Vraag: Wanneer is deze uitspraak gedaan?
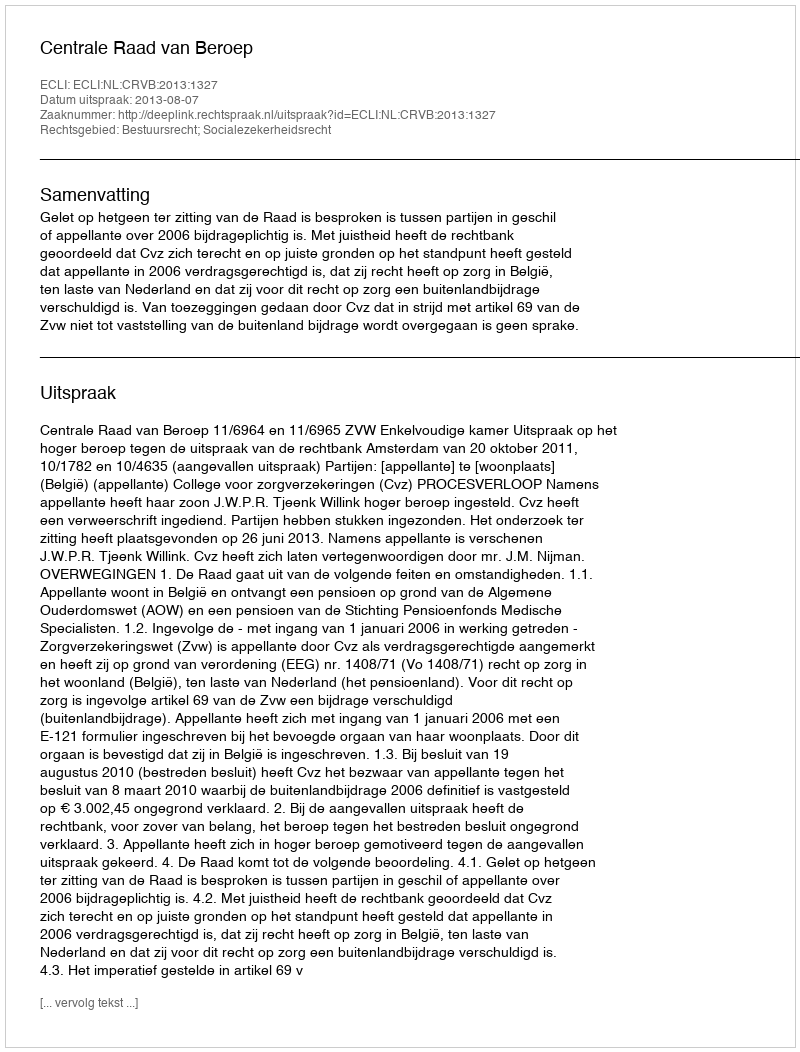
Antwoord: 2013-08-07